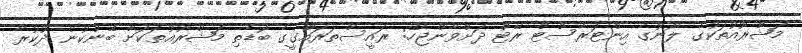
މަޝްރޫއުތަކުގެ ލޯނުގެ އިންޓަރެސްޓް ރޭޓް ދަށްވާންޖެހޭ: ރައީސްތަރައްގީގެ ބޮޑެތި މަޝްރޫއުތަކަށް ބޭންކުން ދޫކުރާ